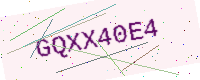
Text: GQXX40E4